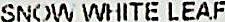
SNOW WHITE LEAF